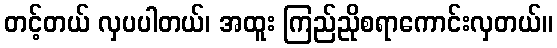
တင့်တယ် လှပပါတယ်၊ အထူး ကြည်ညိုစရာကောင်းလှတယ်။